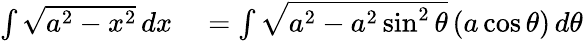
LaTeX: \begin{array}{rl}{\int{\sqrt{a^{2}-x^{2}}}\, dx}&{{}=\int{\sqrt{a^{2}-a^{2}\sin^{2}\theta}}\, (a\cos\theta)\, d\theta}\end{array}